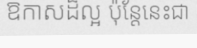
ឱកាសដ៏ល្អ ប៉ុន្តែនេះជា